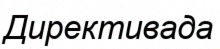
Директивада